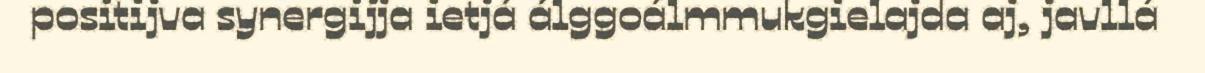
positijva synergijja ietjá álggoálmmukgielajda aj, javllá